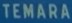
TEMARA